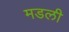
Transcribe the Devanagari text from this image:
मडली